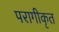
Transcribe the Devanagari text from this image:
परागीकृत